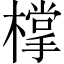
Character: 𣛟